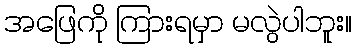
အဖြေကို ကြားရမှာ မလွဲပါဘူး။